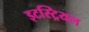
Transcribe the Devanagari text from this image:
इटस्ट्रियल